Report of the Imperial Institute of Veterinary Research, Muktesar
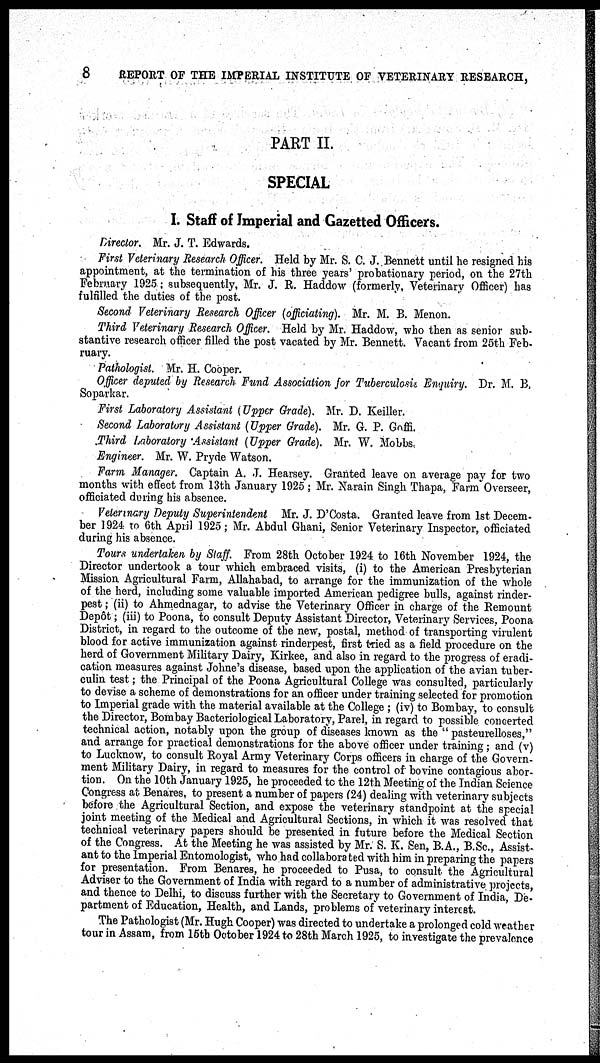
8
REPORT OF THE IMPERIAL INSTITUTE OF VETERINARY RESEARCH,
PART II.
SPECIAL
I. Staff of Imperial and Gazetted Officers.
Director. Mr. J. T. Edwards.
First Veterinary Research Officer. Held by Mr. S. C. J. Bennett until he resigned his
appointment, at the termination of his three years' probationary period, on the 27th
February 1925 ; subsequently, Mr. J. R. Haddow (formerly, Veterinary Officer) has
fulfilled the duties of the post.
Second Veterinary Research Officer (officiating). Mr. M. B. Menon.
Third Veterinary Research Officer. Held by Mr. Haddow, who then as senior sub-
stantive research officer filled the post vacated by Mr. Bennett. Vacant from 25th Feb-
ruary.
Pathologist. Mr. H. Cooper.
Officer deputed by Research Fund Association for Tuberculosis, Enquiry. Dr. M. B.
Soparkar.
First Laboratory Assistant (Upper Grade). Mr. D. Keiller.
Second Laboratory Assistant (Upper Grade). Mr. G. P. Goffi.
Third Laboratory Assistant (Upper Grade). Mr. W. Mobbs,
Engineer. Mr. W. Pryde Watson.
Farm Manager. Captain A. J. Hearsey. Granted leave on average pay for two
months with effect from 13th January 1925 ; Mr. Narain Singh Thapa, Farm Overseer,
officiated during his absence.
Veterinary Deputy Superintendent Mr. J. D'Costa. Granted leave from 1st Decem-
ber 1924 to 6th April 1925 ; Mr. Abdul Ghani, Senior Veterinary Inspector, officiated
during his absence.
Tours undertaken by Staff. From 28th October 1924 to 16th November 1924, the
Director undertook a tour which embraced visits, (i) to the American Presbyterian
Mission Agricultural Farm, Allahabad, to arrange for the immunization of the whole
of the herd, including some valuable imported American pedigree bulls, against rinder-
pest ; (ii) to Ahmednagar, to advise the Veterinary Officer in charge of the Remount
Depôt ; (iii) to Poona, to consult Deputy Assistant Director, Veterinary Services, Poona
District, in regard to the outcome of the new, postal, method of transporting virulent
blood for active immunization against rinderpest, first tried as a field procedure on the
herd of Government Military Dairy, Kirkee, and also in regard to the progress of eradi-
cation measures against Johne's disease, based upon the application of the avian tuber-
culin test ; the Principal of the Poona Agricultural College was consulted, particularly
to devise a scheme of demonstrations for an officer under training selected for promotion
to Imperial grade with the material available at the College ; (iv) to Bombay, to consult
the Director, Bombay Bacteriological Laboratory, Parel, in regard to possible concerted
technical action, notably upon the group of diseases known as the " pasteurelloses,"
and arrange for practical demonstrations for the above officer under training ; and (v)
to Lucknow, to consult Royal Army Veterinary Corps officers in charge of the Govern-
ment Military Dairy, in regard to measures for the control of bovine contagious abor-
tion. On the 10th January 1925, he proceeded to the 12th Meeting of the Indian Science
Congress at Benares, to present a number of papers (24) dealing with veterinary subjects
before the Agricultural Section, and expose the veterinary standpoint at the special
joint meeting of the Medical and Agricultural Sections, in which it was resolved that
technical veterinary papers should be presented in future before the Medical Section
of the Congress. At the Meeting he was assisted by Mr. S. K. Sen, B.A., B.Sc., Assist-
ant to the Imperial Entomologist, who had collaborated with him in preparing the papers
for presentation. From Benares, he proceeded to Pusa, to consult the Agricultural
Adviser to the Government of India with regard to a number of administrative projects,
and thence to Delhi, to discuss further with the Secretary to Government of India, De-
partment of Education, Health, and Lands, problems of veterinary interest.
The Pathologist (Mr. Hugh Cooper) was directed to undertake a prolonged cold weather
tour in Assam, from 15th October 1924 to 28th March 1925, to investigate the prevalence